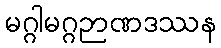
မဂ္ဂါမဂ္ဂဉာဏဒဿန